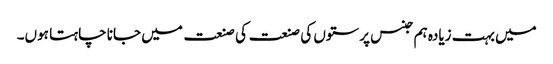
میں بہت زیادہ ہم جنس پرستوں کی صنعت کی صنعت میں جانا چاہتا ہوں۔